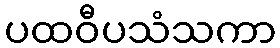
ပထဝီပသံသကာ